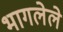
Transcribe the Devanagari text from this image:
भागलेले